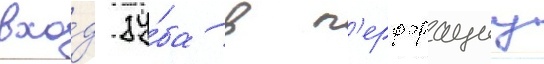
вхо́д зу́ба в п'ерфорациу